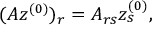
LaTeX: ( A z ^ { ( 0 ) } ) _ { r } = A _ { r s } z _ { s } ^ { ( 0 ) } ,